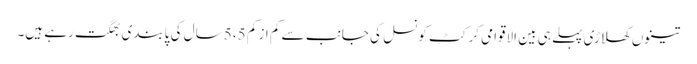
تینوں کھلاڑی پہلے ہی بین الاقوامی کرکٹ کونسل کی جانب سے کم از کم 5،5 سال کی پابندی بھگت رہے ہیں۔